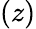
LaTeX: \left(z\right)